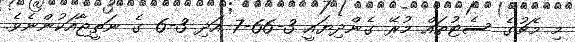
މި މެޗުގެ ސެޓުތައް މުރޭ ގެންދިޔައީ 3-66-7 އަދި 3-6 ގެ ނަތީޖާއަކުންނެވެ.